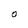
Character: O